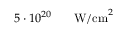
5 \cdot 1 0 ^ { 2 0 } \ensuremath { \mathrm { ~ \textrm ~ { ~ \, ~ } ~ } } \ensuremath { \mathrm { W / c m } } ^ { 2 }